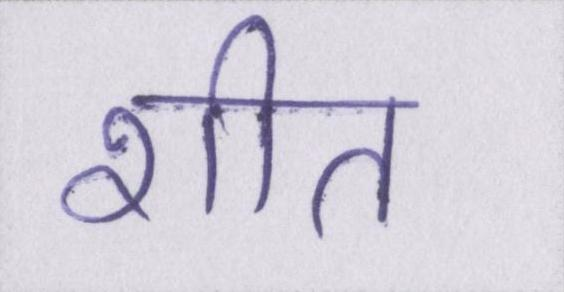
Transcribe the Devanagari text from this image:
शीत